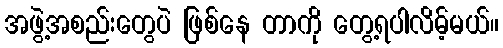
အဖွဲ့အစည်းတွေပဲ ဖြစ်နေ တာကို တွေ့ရပါလိမ့်မယ်။